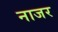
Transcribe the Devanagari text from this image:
नाजर